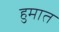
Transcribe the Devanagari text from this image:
हुमात